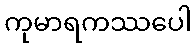
ကုမာရကဿပေါ